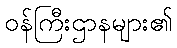
ဝန်ကြီးဌာနများ၏